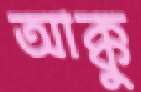
আক্কু